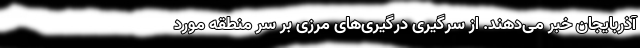
آذربایجان خبر می‌دهند. از سرگیری درگیری‌های مرزی بر سر منطقه مورد